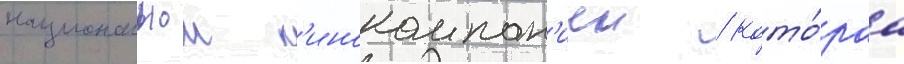
национальнои к'инокомпан'иеи / кото́раа